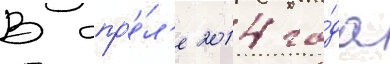
В апр'е́л'е 2014 го́да